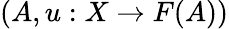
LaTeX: (A,u:X\to F(A))